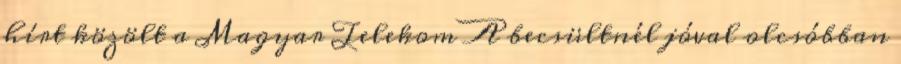
hírt közölt a Magyar Telekom A becsültnél jóval olcsóbban